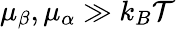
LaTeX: \mu_{\beta},\mu_{\alpha}\gg k_{B}\mathcal{T}